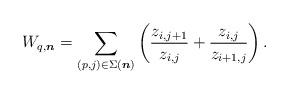
LaTeX: \begin{gather*}W_{q,{\boldsymbol{n}}}=\sum_{(p,j) \in \Sigma({\boldsymbol{n}})} \left( {z_{i,j+1} \over z_{i,j}}+{z_{i,j} \over z_{i+1,j}} \right).\end{gather*}